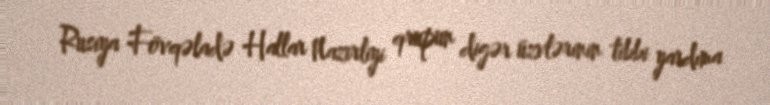
Rusiya Fövqəladə Hallar Nazirliyi qrupun digər üzvlərinin tibbi yardıma